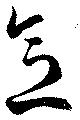
意